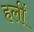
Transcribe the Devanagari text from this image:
हलीं